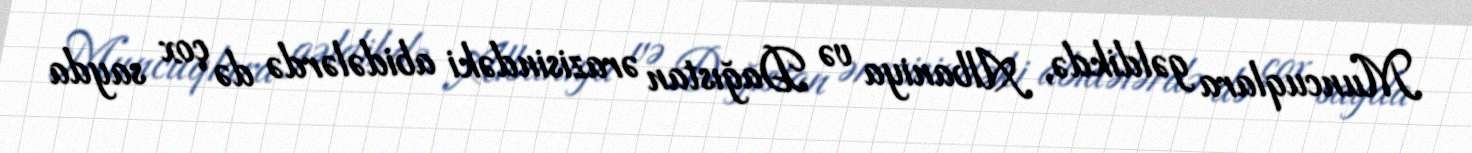
Muncuqlara gəldikdə, Albaniya və Dağıstan ərazisindəki abidələrdə də çox sayda